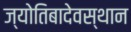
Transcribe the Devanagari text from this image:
ज्योतिबादेवस्थान